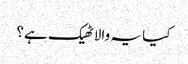
کیا یہ والا ٹھیک ہے؟